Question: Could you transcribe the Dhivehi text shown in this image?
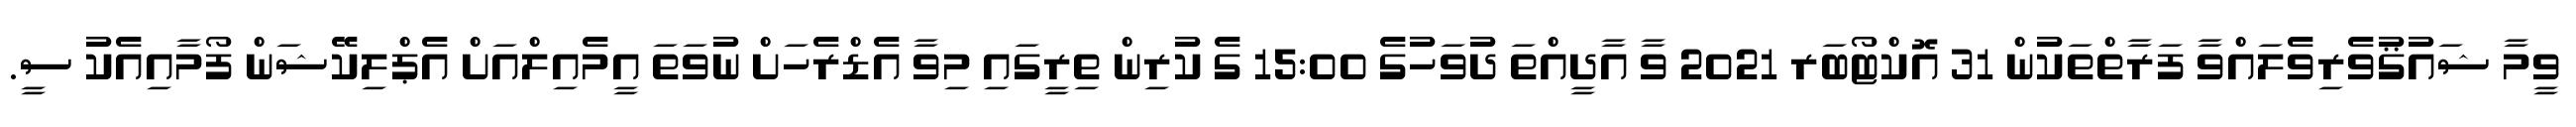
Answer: ވީމާ ޝައުޤުވެރިވެލައްވާ ފަރާތްތަކުން 31 އޮކްޓޯބަރ 2021 ވާ އާދީއްތަ ދުވަހުގެ 15:00 ގެ ކުރިން ތިރީގައި މިވާ އެޑްރެހަށް ނުވަތަ އީމެއިލްއަށް އެޕްލިކޭޝަން ފޯމާއިއެކު ސީ.